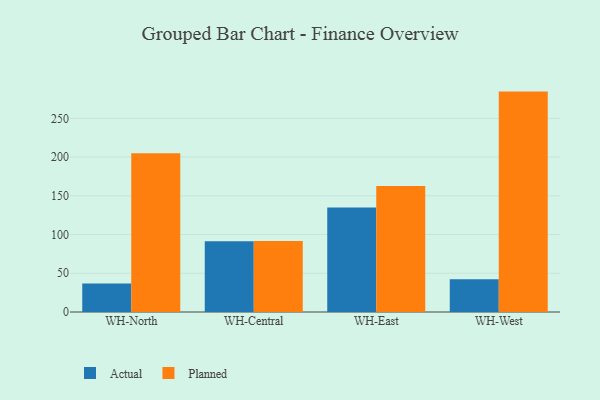
{"axis": {"x": "Warehouse", "y": "Latency (ms)"}, "legend": ["Actual", "Planned"], "data": [{"x": "WH-North", "y": 36.8, "type": "Actual"}, {"x": "WH-North", "y": 205.0, "type": "Planned"}, {"x": "WH-Central", "y": 91.2, "type": "Actual"}, {"x": "WH-Central", "y": 91.8, "type": "Planned"}, {"x": "WH-East", "y": 134.8, "type": "Actual"}, {"x": "WH-East", "y": 162.5, "type": "Planned"}, {"x": "WH-West", "y": 42.4, "type": "Actual"}, {"x": "WH-West", "y": 284.5, "type": "Planned"}]}